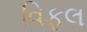
વિફલ